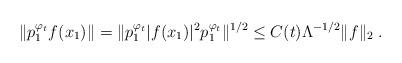
LaTeX: \begin{align*}\Vert p_{1}^{\varphi_{t}} f(x_1) \Vert =\Vert p_{1}^{\varphi_{t}} |f(x_1)|^2 p_{1}^{\varphi_{t}} \Vert^{1/2}\leq C(t)\Lambda^{-1/2} \Vert f\Vert_2\;.\end{align*}